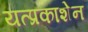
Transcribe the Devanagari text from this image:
यत्प्रकाशेन